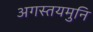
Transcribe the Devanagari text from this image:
अगस्तयमुनि